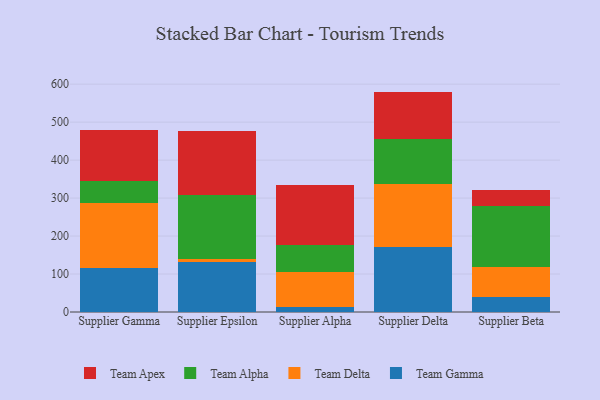
{"axis": {"x": "Supplier", "y": "Temperature (°C)"}, "legend": ["Team Alpha", "Team Apex", "Team Delta", "Team Gamma"], "data": [{"x": "Supplier Gamma", "y": 117.1, "type": "Team Gamma"}, {"x": "Supplier Gamma", "y": 169.4, "type": "Team Delta"}, {"x": "Supplier Gamma", "y": 58.5, "type": "Team Alpha"}, {"x": "Supplier Gamma", "y": 134.0, "type": "Team Apex"}, {"x": "Supplier Epsilon", "y": 132.0, "type": "Team Gamma"}, {"x": "Supplier Epsilon", "y": 6.8, "type": "Team Delta"}, {"x": "Supplier Epsilon", "y": 170.0, "type": "Team Alpha"}, {"x": "Supplier Epsilon", "y": 167.0, "type": "Team Apex"}, {"x": "Supplier Alpha", "y": 13.4, "type": "Team Gamma"}, {"x": "Supplier Alpha", "y": 91.7, "type": "Team Delta"}, {"x": "Supplier Alpha", "y": 71.4, "type": "Team Alpha"}, {"x": "Supplier Alpha", "y": 157.5, "type": "Team Apex"}, {"x": "Supplier Delta", "y": 170.5, "type": "Team Gamma"}, {"x": "Supplier Delta", "y": 166.1, "type": "Team Delta"}, {"x": "Supplier Delta", "y": 119.0, "type": "Team Alpha"}, {"x": "Supplier Delta", "y": 124.8, "type": "Team Apex"}, {"x": "Supplier Beta", "y": 40.8, "type": "Team Gamma"}, {"x": "Supplier Beta", "y": 77.4, "type": "Team Delta"}, {"x": "Supplier Beta", "y": 161.6, "type": "Team Alpha"}, {"x": "Supplier Beta", "y": 40.5, "type": "Team Apex"}]}